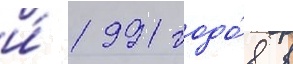
и́ 1991 годо́в в